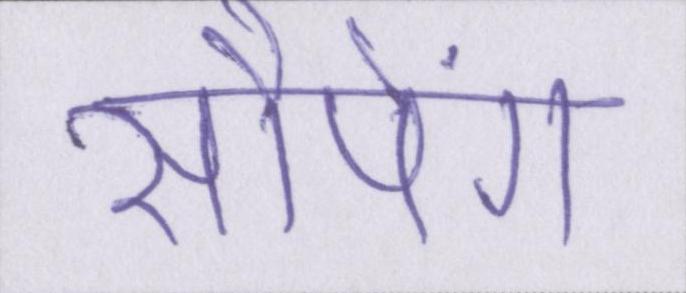
सौपेंगे